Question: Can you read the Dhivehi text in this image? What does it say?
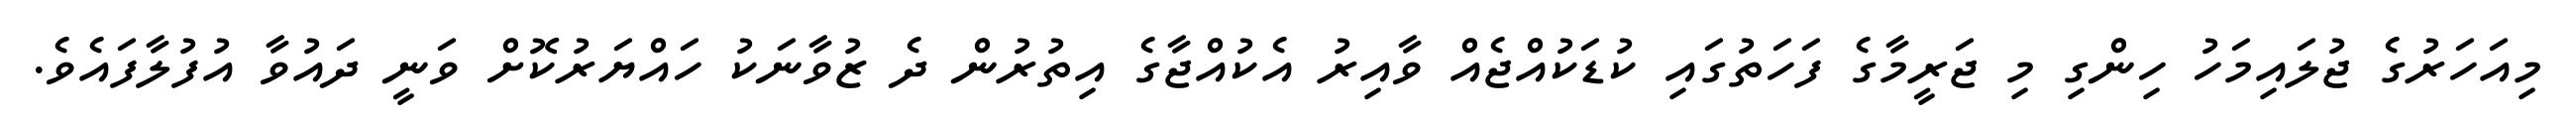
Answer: މިއަހަރުގެ ޖުލައިމަހު ހިންގި މި ޖަރީމާގެ ފަހަތުގައި ކުޑަކުއްޖެއް ވާއިރު އެކުއްޖާގެ އިތުރުން ދެ ޒުވާނަކު ހައްޔަރުކޮށް ވަނީ ދައުވާ އުފުލާފައެވެ.